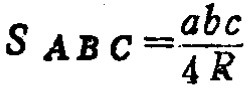
$S_{ABC}=\frac{abc}{4R}$